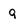
Character: 9